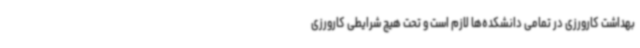
بهداشت کارورزی در تمامی دانشکده‌ها لازم است و تحت هیچ شرایطی کارورزی